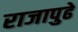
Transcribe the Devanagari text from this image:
राजापुढे